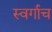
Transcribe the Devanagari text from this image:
स्वर्गाच